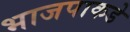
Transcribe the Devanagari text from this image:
भाजपाकडे